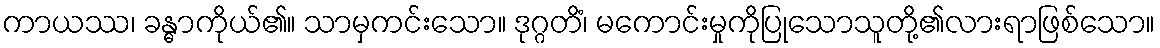
ကာယဿ၊ ခန္ဓာကိုယ်၏။ သာမှကင်းသော။ ဒုဂ္ဂတိံ၊ မကောင်းမှုကိုပြုသောသူတို့၏လားရာဖြစ်သော။